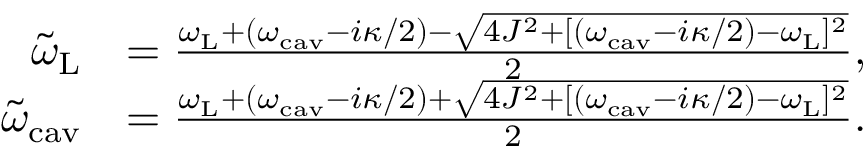
\begin{array} { r l } { \tilde { \omega } _ { \mathrm { L } } } & { = \frac { \omega _ { \mathrm { L } } + ( \omega _ { \mathrm { c a v } } - i \kappa / 2 ) - \sqrt { 4 J ^ { 2 } + [ ( \omega _ { \mathrm { c a v } } - i \kappa / 2 ) - \omega _ { \mathrm { L } } ] ^ { 2 } } } { 2 } , } \\ { \tilde { \omega } _ { \mathrm { c a v } } } & { = \frac { \omega _ { \mathrm { L } } + ( \omega _ { \mathrm { c a v } } - i \kappa / 2 ) + \sqrt { 4 J ^ { 2 } + [ ( \omega _ { \mathrm { c a v } } - i \kappa / 2 ) - \omega _ { \mathrm { L } } ] ^ { 2 } } } { 2 } . } \end{array}